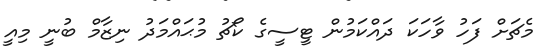
މެޗަށް ފަހު ވާހަކަ ދައްކަމުން ޓީސީގެ ކޯޗު މުޙައްމަދު ނިޒާމް ބުނީ މިއީ